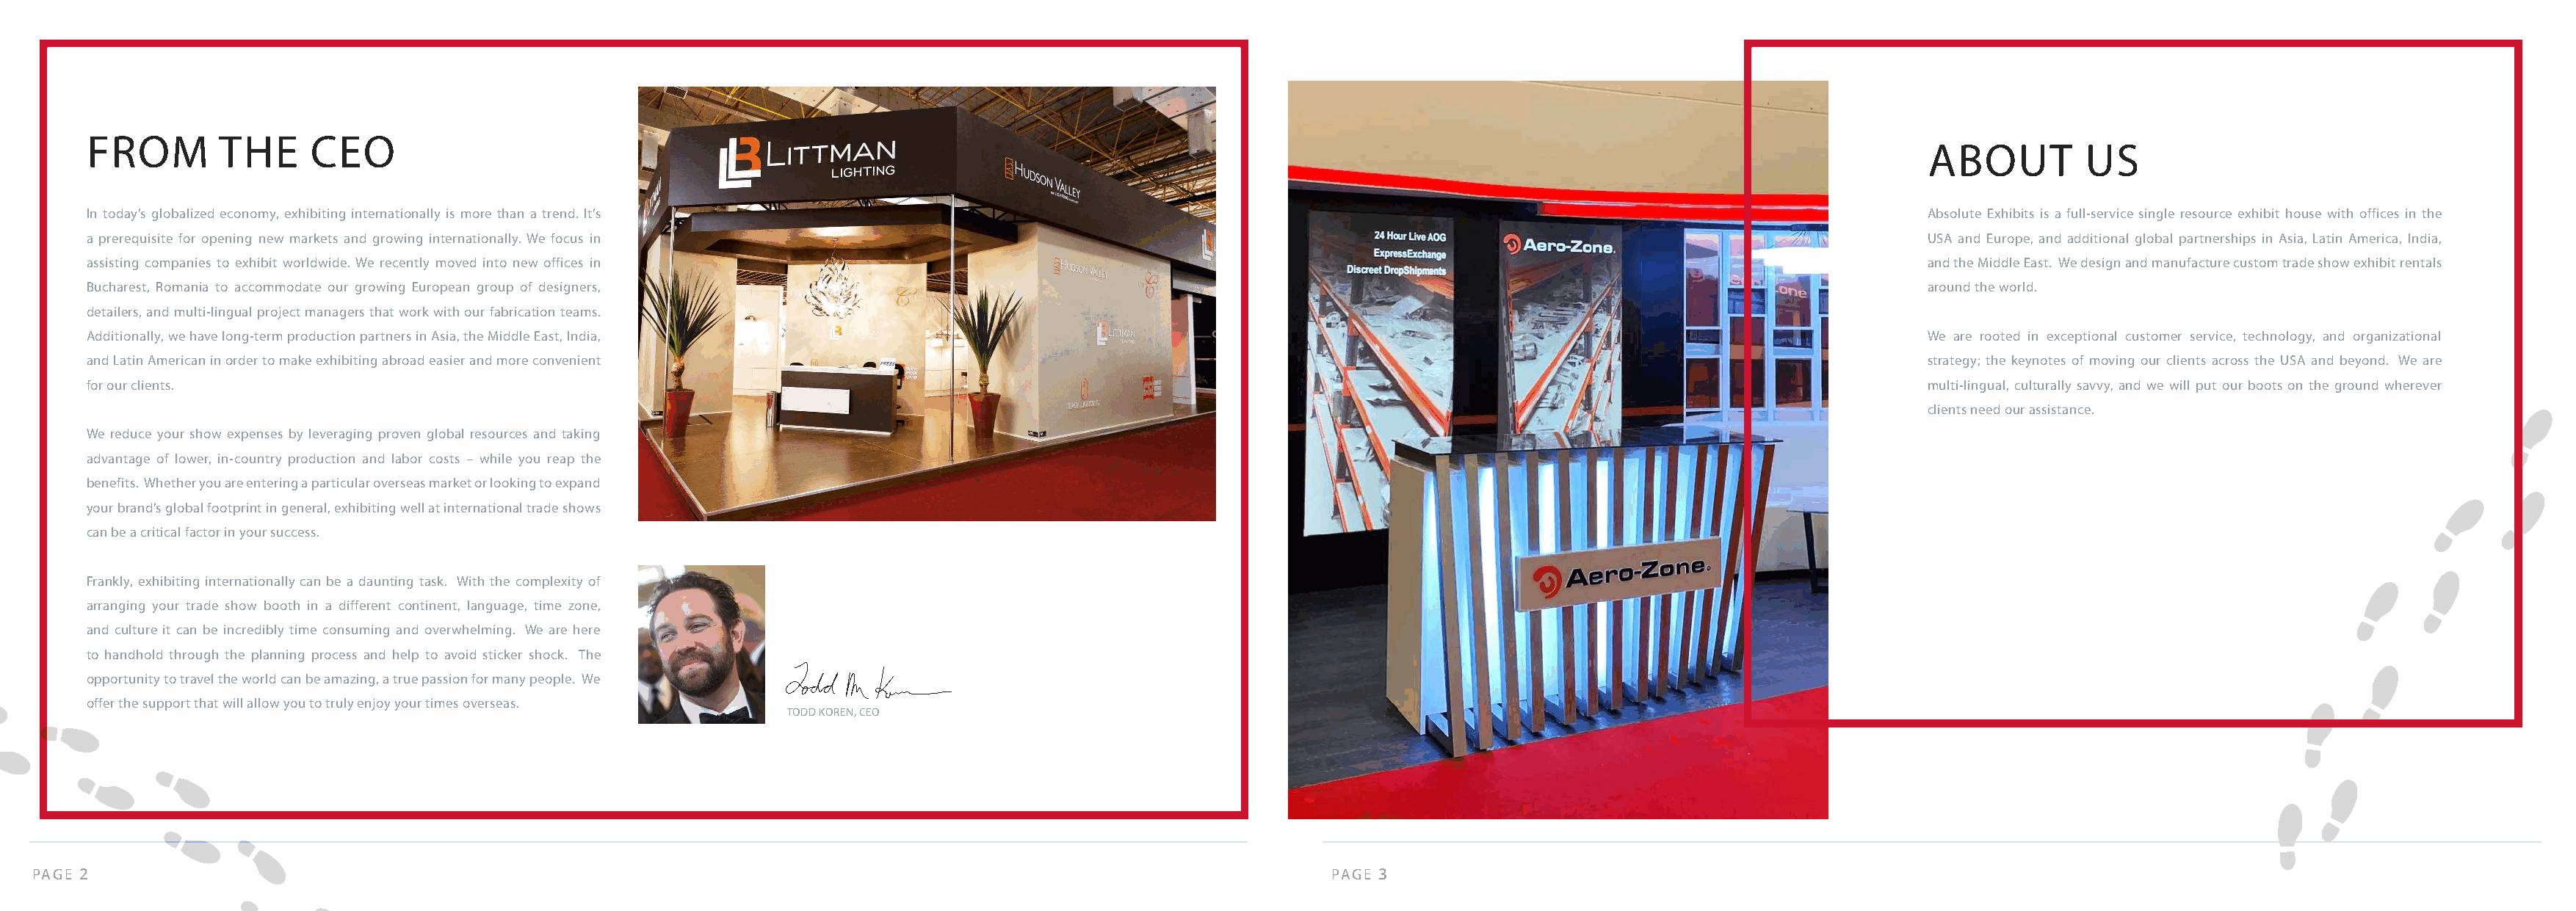
FROM        THE     CEO
 ABOUT         US
 In today’s globalized economy, exhibiting internationally is more than a trend. It’s                                                                                  Absolute Exhibits is a full-service single resource exhibit house with offices in the
 a prerequisite for opening new markets and growing internationally. We focus in                                                                                       USA and Europe, and additional global partnerships in Asia, Latin America, India,
 assisting companies to exhibit worldwide. We recently moved into new offices in                                                                                       and the Middle East. We design and manufacture custom trade show exhibit rentals
 Bucharest, Romania to accommodate our growing European group of designers,                                                                                            around the world.
 detailers, and multi-lingual project managers that work with our fabrication teams.
 Additionally, we have long-term production partners in Asia, the Middle East, India,                                                                                  We are rooted in exceptional customer service, technology, and organizational
 and Latin American in order to make exhibiting abroad easier and more convenient                                                                                      strategy; the keynotes of moving our clients across the USA and beyond. We are
 for our clients.                                                                                                                                                      multi-lingual, culturally savvy, and we will put our boots on the ground wherever
 clients need our assistance.
 We reduce your show expenses by leveraging proven global resources and taking
 advantage of lower, in-country production and labor costs – while you reap the
 benefits. Whether you are entering a particular overseas market or looking to expand
 your brand’s global footprint in general, exhibiting well at international trade shows
 can be a critical factor in your success.
 Frankly, exhibiting internationally can be a daunting task. With the complexity of
 arranging your trade show booth in a different continent, language, time zone,
 and culture it can be incredibly time consuming and overwhelming. We are here
 to handhold through the planning process and help to avoid sticker shock. The
 opportunity to travel the world can be amazing, a true passion for many people. We
 offer the support that will allow you to truly enjoy your times overseas.
 TODD KOREN, CEO
 PAGE 2                                                                                                               PAGE 3